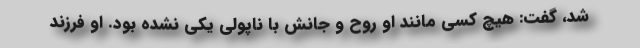
شد، گفت: هیچ کسی مانند او روح و جانش با ناپولی یکی نشده بود. او فرزند